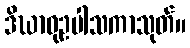
ဒိဃာဝုဥပါသကာသုတ်။